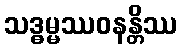
သဒ္ဓမ္မဿဝနန္တိဿ